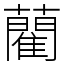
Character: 藺